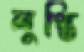
লুপ্তি